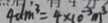
4 d m ^ { 3 } = 4 \times 1 0 ^ { - 3 } m ^ { 3 }